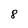
Character: 8